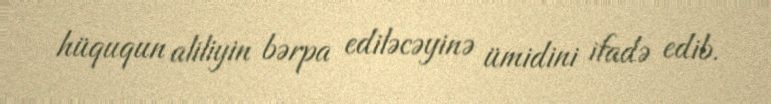
hüququn aliliyin bərpa ediləcəyinə ümidini ifadə edib.